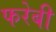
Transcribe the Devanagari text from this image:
फरेबी